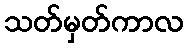
သတ်မှတ်ကာလ